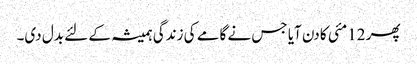
پھر 12مئی کا دن آیا جس نے گامے کی زندگی ہمیشہ کے لئے بدل دی۔